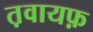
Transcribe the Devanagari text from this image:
त़वायफ़